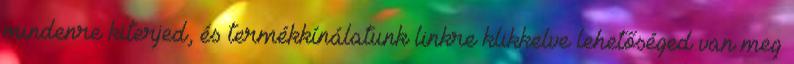
mindenre kiterjed, és termékkínálatunk linkre klikkelve lehetőséged van meg